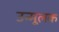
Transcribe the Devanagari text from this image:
उन्मूलक